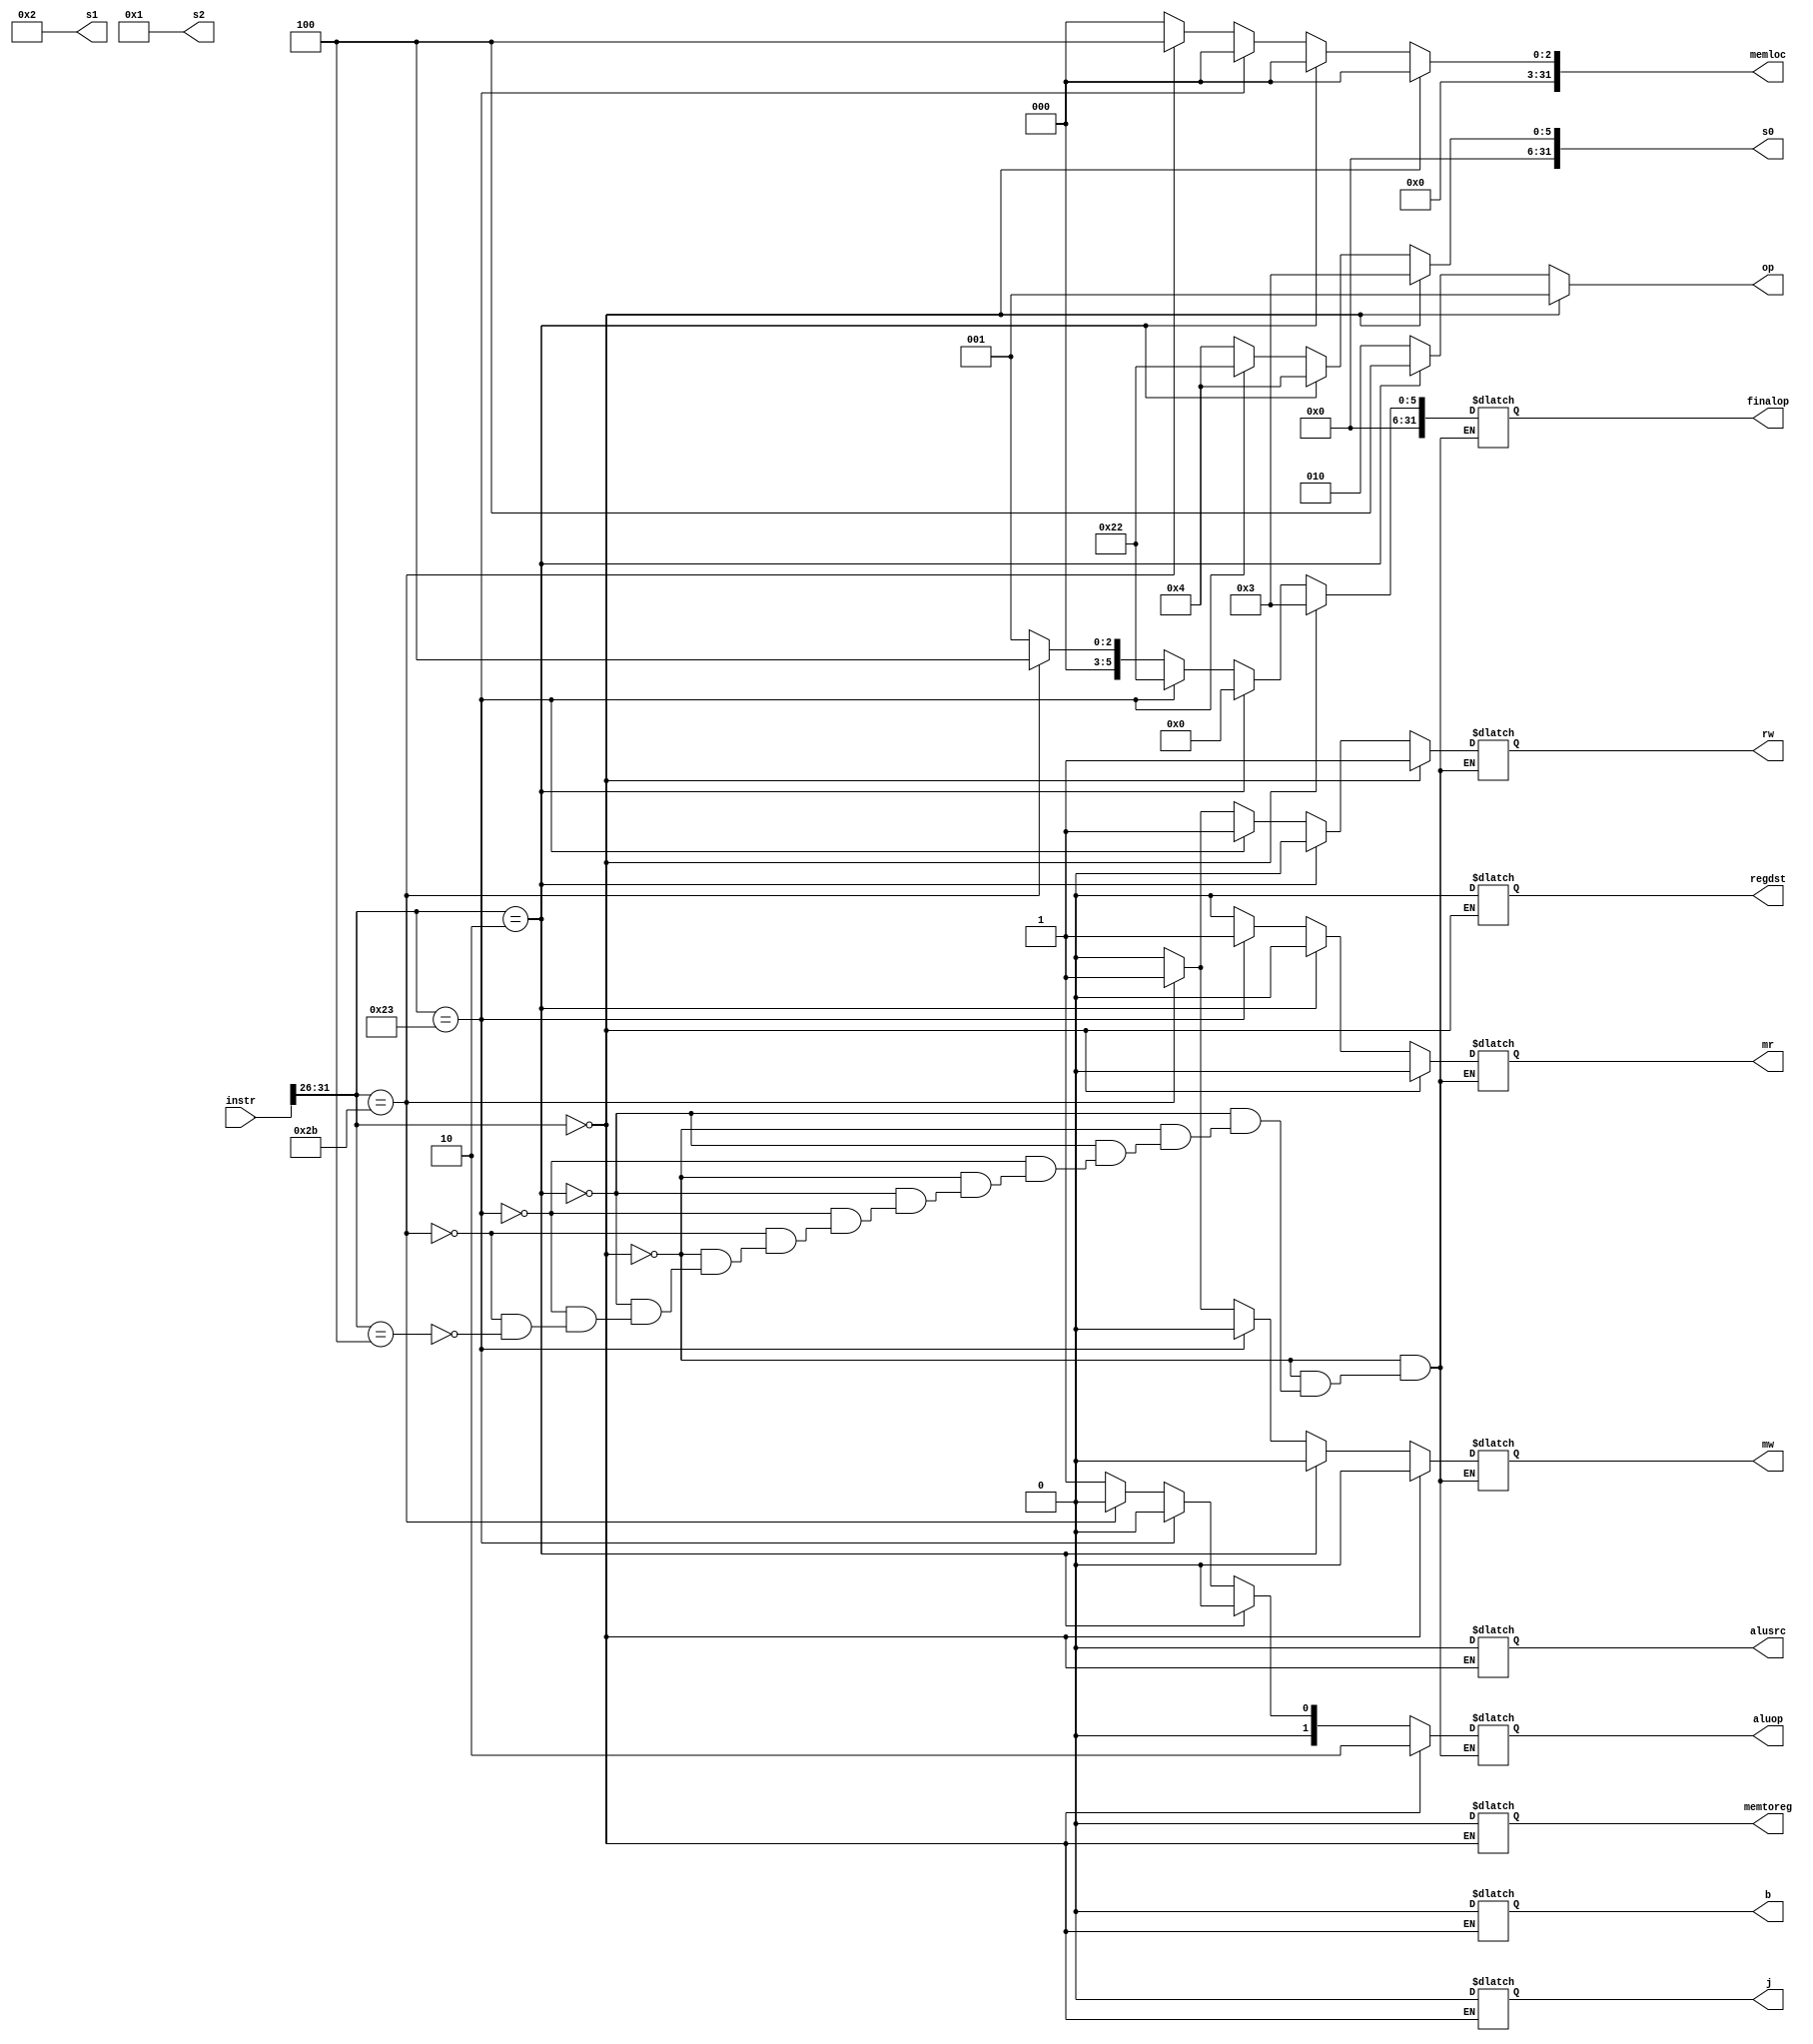
module sci(instr,op,rw,mr,mw,s0,s1,s2,aluop,regdst,alusrc,b,j,memtoreg,memloc,finalop);
input[31:0] instr;
output reg[2:0] op;
output reg rw,mr,mw,regdst,alusrc,memtoreg,b,j;
output reg [1:0] aluop;
output reg[31:0] s0;
output reg[31:0] s1;
output reg[31:0] s2;
output reg [31:0] finalop;
output reg [31:0] memloc;
// wire s0,s1,s2;
 always @(instr)
    begin
        s0=4;
        s1=2;
        s2=1;
        memloc=00;
        if(instr[31:26]==0)
        begin
            op=3'b001;
            rw=1'b1;
            mr=1'b0;
            mw=1'b0;
            regdst=0;
            alusrc=0;
            memtoreg=0;
            b=0;
            j=0;
            aluop=2'b10;
            s0=s1|s2;
            finalop=s0;
            end
        else if(instr[31:26]==2)
        begin
            op=3'b100;
            rw=1'b0;
            mr=1'b0;
            mw=1'b0;
            aluop=2'b00;
            finalop=0;
        end
        else
        begin
            op=3'b010;
            if(instr[31:26]==35)
            begin
            rw=1'b1;
            mr=1'b1;
            mw=1'b0;
            aluop=2'b00;
            s0=s1+32;
            finalop=s0;
            end
            else if(instr[31:26]==43)
            begin
            rw=1'b1;
            mr=1'b0;
            mw=1'b1;
            aluop=2'b00;
            memloc=4;
            finalop=s0;
            end
            else if(instr[31:26]==4)
            begin
            rw=1'b0;
            mr=1'b0;
            mw=1'b0;
            finalop=s1-s2;
            aluop=2'b01;
            end
        end
    end
endmodule